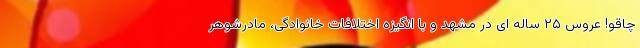
چاقو! عروس ۲۵ ساله ای در مشهد و با انگیزه اختلافات خانوادگی، مادرشوهر